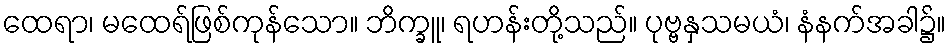
ထေရာ၊ မထေရ်ဖြစ်ကုန်သော။ ဘိက္ခူ၊ ရဟန်းတို့သည်။ ပုဗ္ဗနှသမယံ၊ နံနက်အခါ၌။